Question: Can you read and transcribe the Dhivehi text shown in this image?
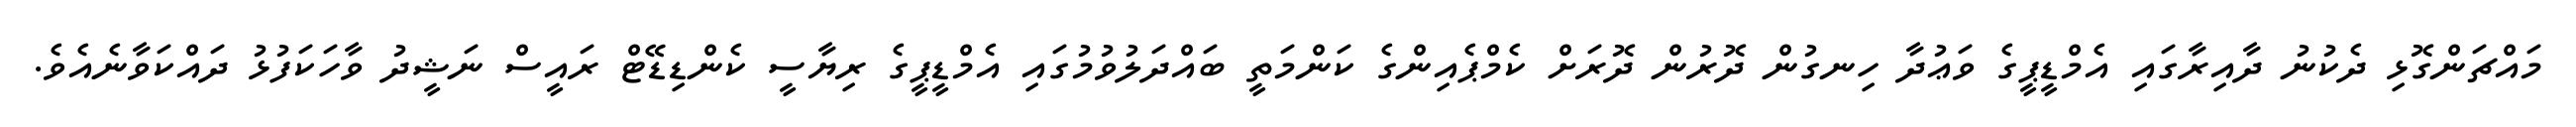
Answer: މައްޗަންގޮޅި ދެކުނު ދާއިރާގައި އެމްޑީޕީގެ ވަޢުދާ ހިނގުން ދޮރުން ދޮރަށް ކެމްޕެއިންގެ ކަންމަތީ ބައްދަލުވުމުގައި އެމްޑީޕީގެ ރިޔާސީ ކެންޑިޑޭޓް ރައީސް ނަޝީދު ވާހަކަފުޅު ދައްކަވާނެއެވެ.